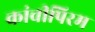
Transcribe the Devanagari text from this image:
कांचीपिरम